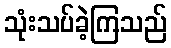
သုံးသပ်ခဲ့ကြသည်